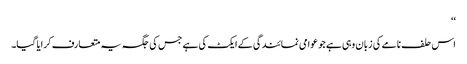
‘‘
اس حلف نامے کی زبان وہی ہے جو عوامی نمائندگی کے ایکٹ کی ہے جس کی جگہ یہ متعارف کرایا گیا۔